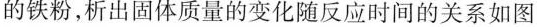
的铁粉，析出固体质量的变化随反应时间的关系如图